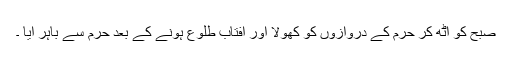
صبح کو اٹھ کر حرم کے دروازوں کو کھولا اور آفتاب طلوع ہونے کے بعد حرم سے باہر آیا ۔